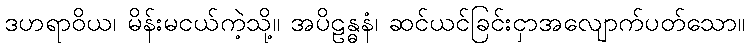
ဒဟရာဝိယ၊ မိန်းမငယ်ကဲ့သို့။ အပိဠန္ဓနံ၊ ဆင်ယင်ခြင်းငှာအလျောက်ပတ်သော။